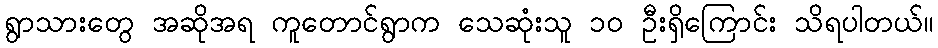
ရွာသားတွေ အဆိုအရ ကူတောင်ရွာက သေဆုံးသူ ၁၀ ဦးရှိကြောင်း သိရပါတယ်။